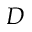
D